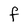
Character: F